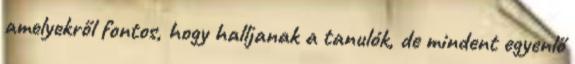
amelyekről fontos, hogy halljanak a tanulók, de mindent egyenlő